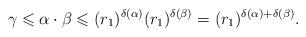
LaTeX: \begin{gather*}\gamma \leqslant \alpha \cdot \beta \leqslant (r_1)^{\delta(\alpha)} (r_1)^{\delta(\beta)} = (r_1)^{\delta(\alpha) + \delta(\beta)}.\end{gather*}